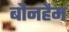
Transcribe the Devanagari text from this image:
बौनहैम